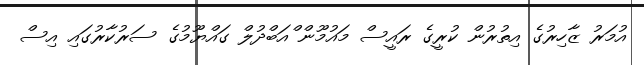
އުމަރު ޒާހިރުގެ އިތުރުން ކުރީގެ ރައީސް މައުމޫން ްއަބްދުލް ގައްޔޫމުގެ ސަރުކާރުގައި އިސް